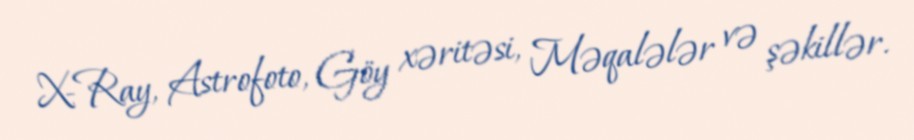
X-Ray, Astrofoto, Göy xəritəsi, Məqalələr və şəkillər.